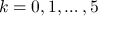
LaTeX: k = 0 , 1 , \ldots , 5